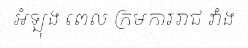
អំឡុង ពេល ក្រមការរាជ វាំង